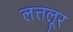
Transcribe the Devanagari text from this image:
लत्तलूर